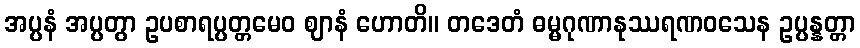
အပ္ပနံ အပ္ပတွာ ဥပစာရပ္ပတ္တမေဝ ဈာနံ ဟောတိ။ တဒေတံ ဓမ္မဂုဏာနုဿရဏဝသေန ဥပ္ပန္နတ္တာ